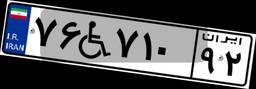
۷۶W۷۱۰۹۲